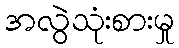
အလွဲသုံးစားမှု